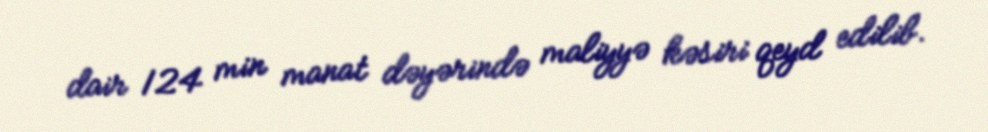
dair 124 min manat dəyərində maliyyə kəsiri qeyd edilib.